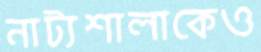
নাট্যশালাকেও